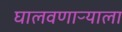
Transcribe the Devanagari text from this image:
घालवणाऱ्याला